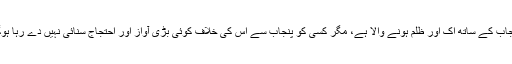
پنجاب کے ساتھ اک اور ظلم ہونے والا ہے، مگر کسی کو پنجاب سے اس کی خلاف کوئی بڑی آواز اور احتجاج سنائی نہیں دے رہا ہوگا۔